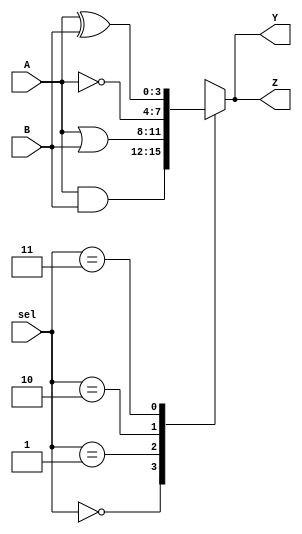
module CLB (
    input wire [3:0] A,      // 4-bit input
    input wire [3:0] B,      // 4-bit input
    input wire [1:0] sel,    // Select line for multiplexing
    output wire [3:0] Y,      // 4-bit output
    output wire [3:0] Z       // 4-bit output (optional)
);

    // Internal wires for logic operations
    wire [3:0] and_out;
    wire [3:0] or_out;
    wire [3:0] not_out;
    wire [3:0] xor_out;

    // Generate basic logic functions
    assign and_out = A & B;      // AND operation
    assign or_out = A | B;       // OR operation
    assign not_out = ~A;         // NOT operation
    assign xor_out = A ^ B;      // XOR operation

    // Multiplexer to select output based on 'sel'
    always @(*) begin
        case (sel)
            2'b00: Y = and_out;  // Select AND output
            2'b01: Y = or_out;   // Select OR output
            2'b10: Y = not_out;  // Select NOT output (only A)
            2'b11: Y = xor_out;  // Select XOR output
            default: Y = 4'b0000; // Default case
        endcase
    end

    // Optional second output can be connected to another function or same output
    assign Z = Y; // This can be modified based on additional requirements

endmodule